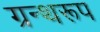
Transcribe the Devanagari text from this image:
ग्रन्थरूप